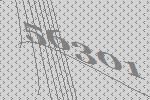
56301